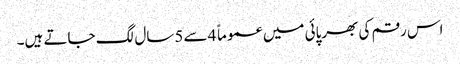
اس رقم کی بھرپائی میں عموماً 4سے 5سال لگ جاتے ہیں۔